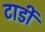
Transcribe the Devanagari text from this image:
टार्डी